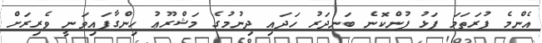
އެންމެ ފުރަތަމަ ފަޅު ފުންކޮނެ ބަނދަރު ހަދައި ދިނުމުގެ މަޝްރޫޢު ހިންގާފައިވަނީ ވެރިރަށް